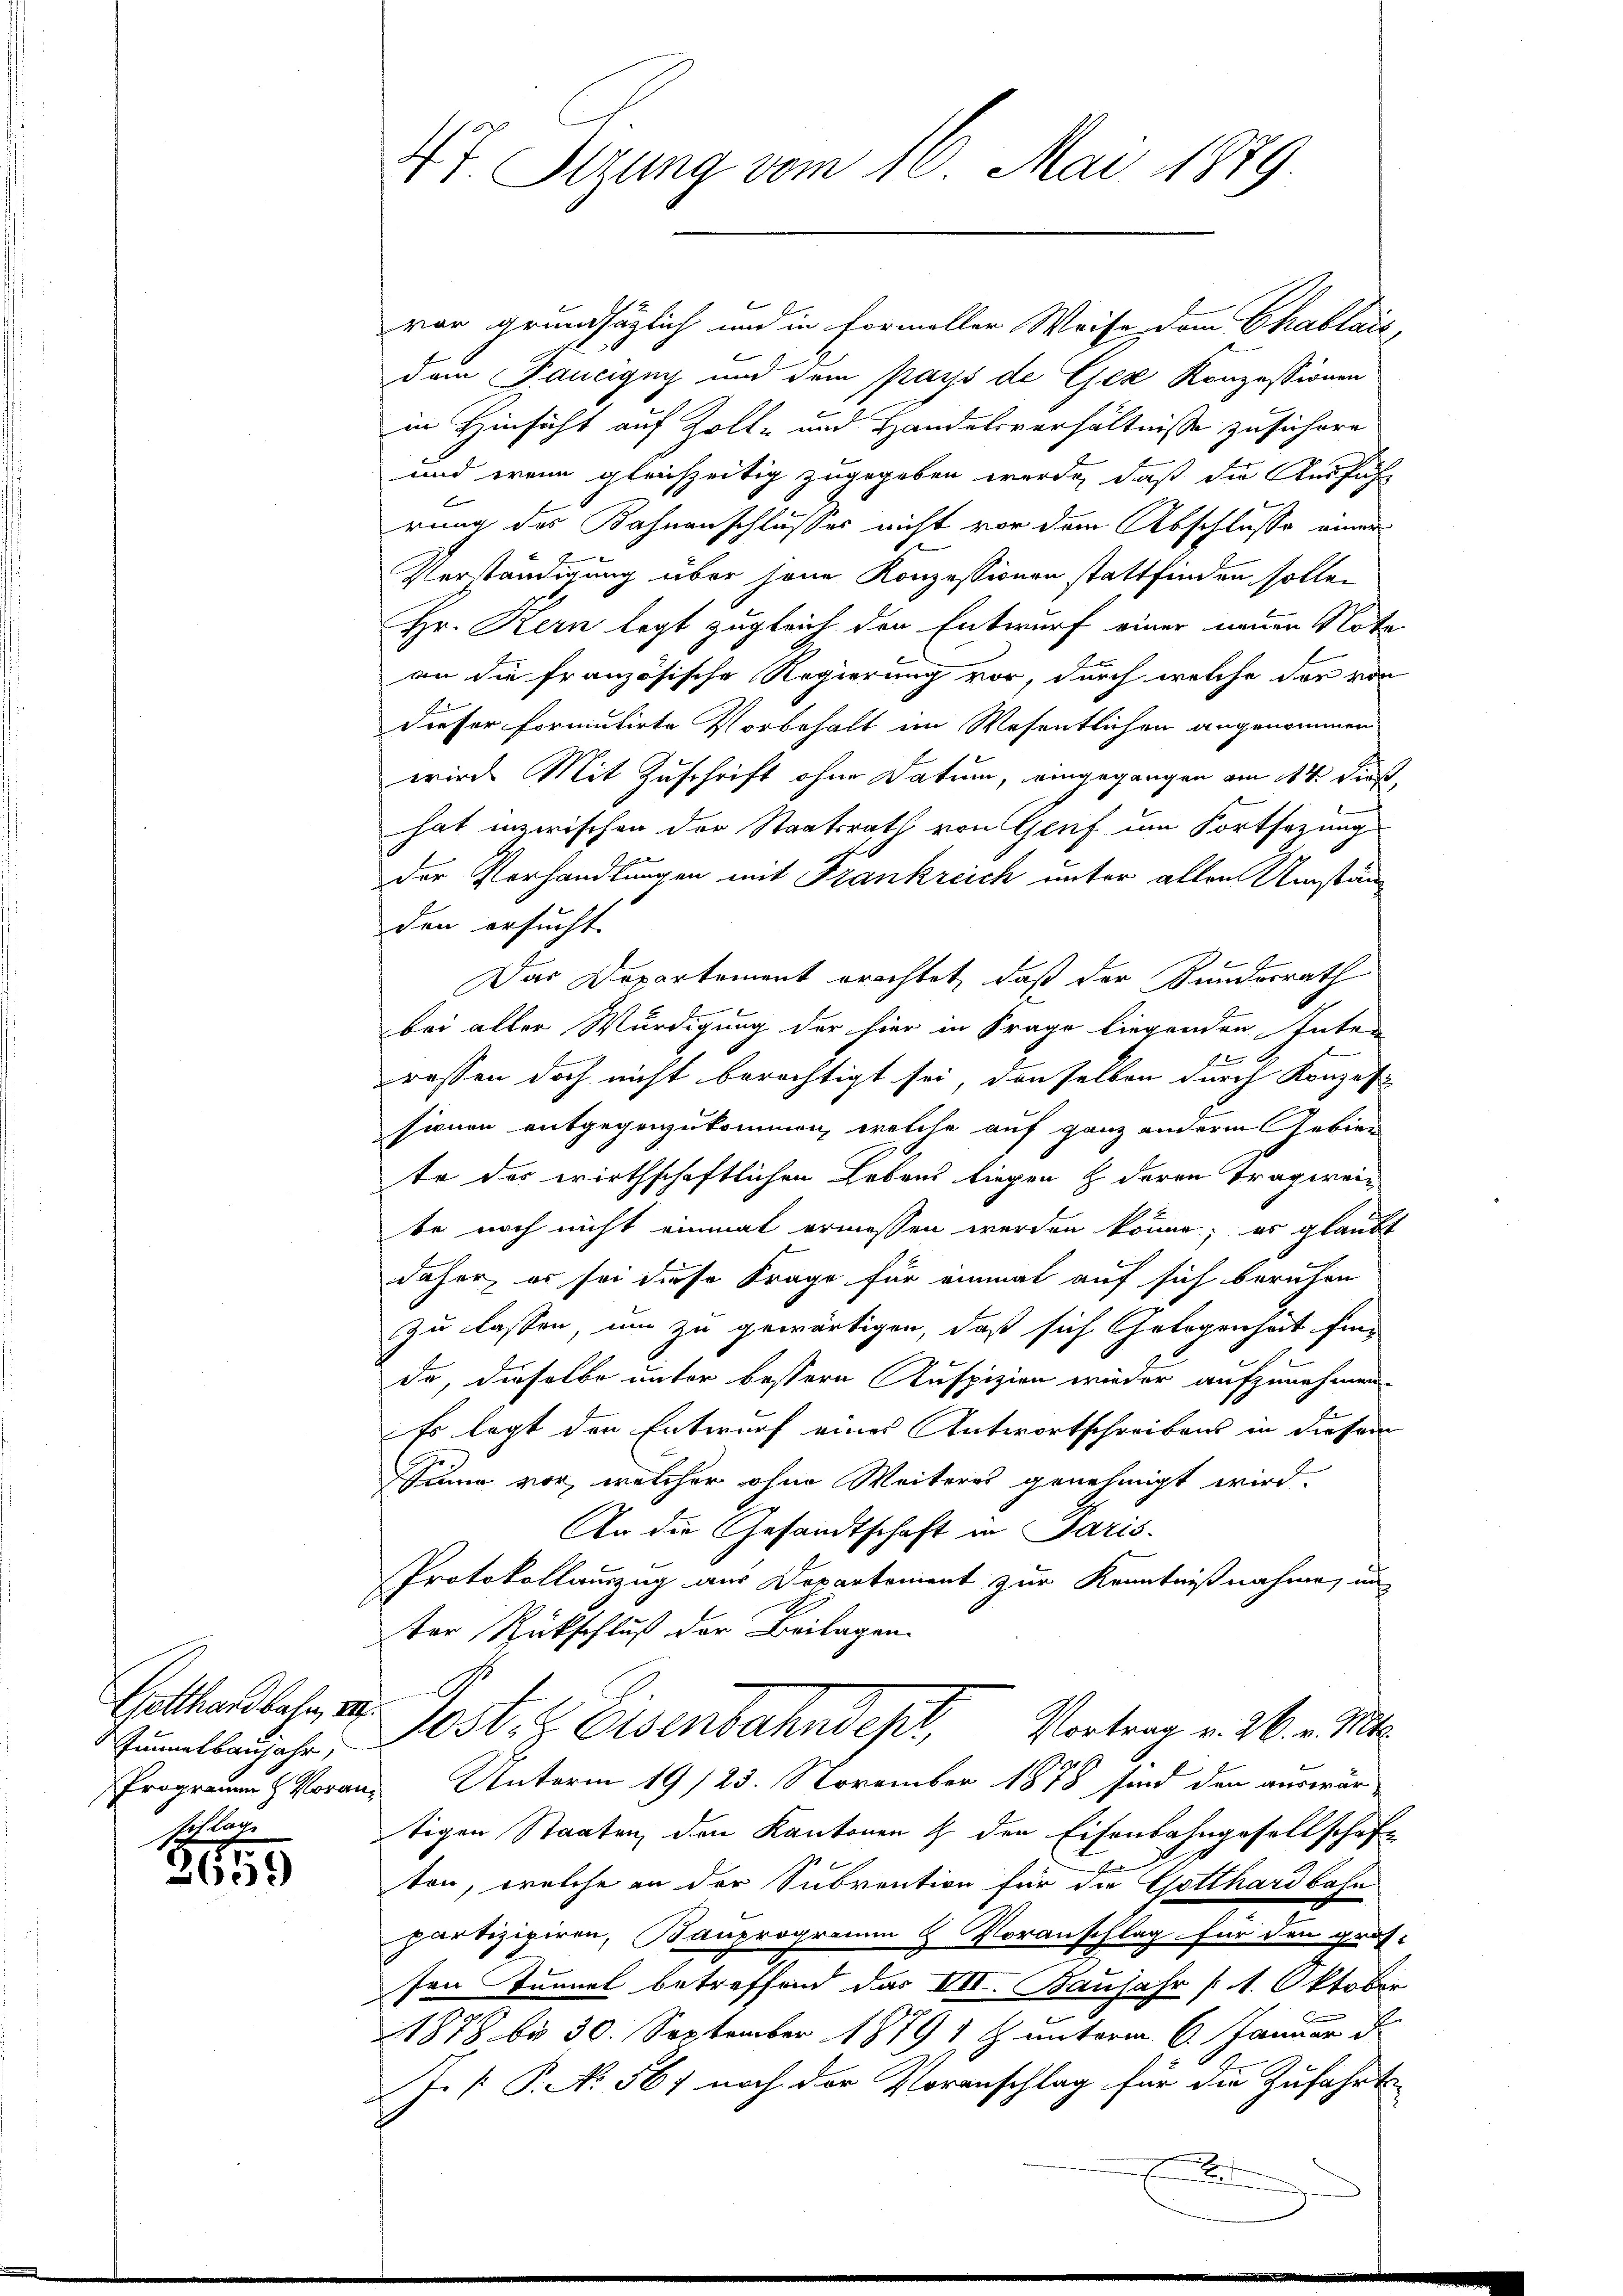
Getthardbahn, III
Junnelbaujahr,
Programm H. Voran
tflage

2659

47 Sizung vom 16. Mai 1879.

vor grundsätzlich und in formeller Weise dem Chablaić,
dem Faucigny und dem pays de Gex Konzessionen
in Hinsicht auf Zoll- und Handelsverhältnisse zusichere
und wenn gleichzeitig zugegeben werde, daß die Ausführ
rung des Bahnenschlusses nicht vor dem Abschlusse einer
Verständigung über jene Konzessionen stattfinden solle.
Hr. Kern legt zugleich den Entwurf einer neuen Nota
an die französische Regierung vor, durch welche der von
dieser formutirte Vorbehalt im Wesentlichen angenommen
wrirds Mit Zuschrift ohne Datum, eingegangen am 14. dieß,
hat inzwischen der Staatsrath von Genf um Fortsazung
der Verhandlungen mit Frankreich unter allen Umständen ersucht.
Das Departement erachtet, daß der Bundesrath
bei aller Würdigung der hier in Frage liegenden Inten
E
ressen doch nicht berechtigt sei, denselben durch Konzes
sionen entgegenzukommen, welche auf ganz anderm Gebien
te des wirthschaftlichen Lebens liegen & deren Tragweibe noch nicht einmal ermassen werden könne; es glaubt
daher, er sei diese Frage für einmal auf sich beruhen
zu lassen, um zu gewärtigen, daß sich Gelegenheit fin
da, dieselbe unter bestern Kuspizien wieder aufzunehmen.
Es legt den Entwurf eines Antwortschreibens in diesem
Sinne vor, welcher ohne Weiteres genehmigt wird.
An die Gesandtschaft in Paris.
Protokollauszug aus Departement zur Kenntnißnahme, un
ter Rückschluß der Beilagen.
Postiz Eisenbahndes,
Vortrag v. 26. v. Mts.
an Unterm 19/23. November 1878 sind den auswärtigen Staaten, den Kantonen & den Eisenbahngesellschaft
se
ton, welche an der Subvention für die Gotthardbahn
partizipiren, Bauprogramm 5 Voranschlag für den gros-
sen Tunnel betreffend das VII. Baufahr /1. Oktober
1878 bis 30. September 1879 1. Z. unterm 6. Januar d.
J. P. No. 567 noch der Voranschlag für die Zufahrts-
x